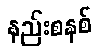
နည်းစနစ်